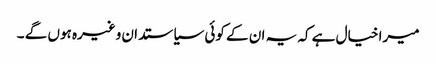
میرا خیال ہے کہ یہ ان کے کوئی سیاستدان وغیرہ ہوں گے ۔